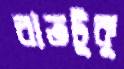
রাতটুকু